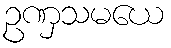
ဥဏှသမယေ